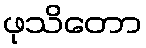
ဖုသိတော